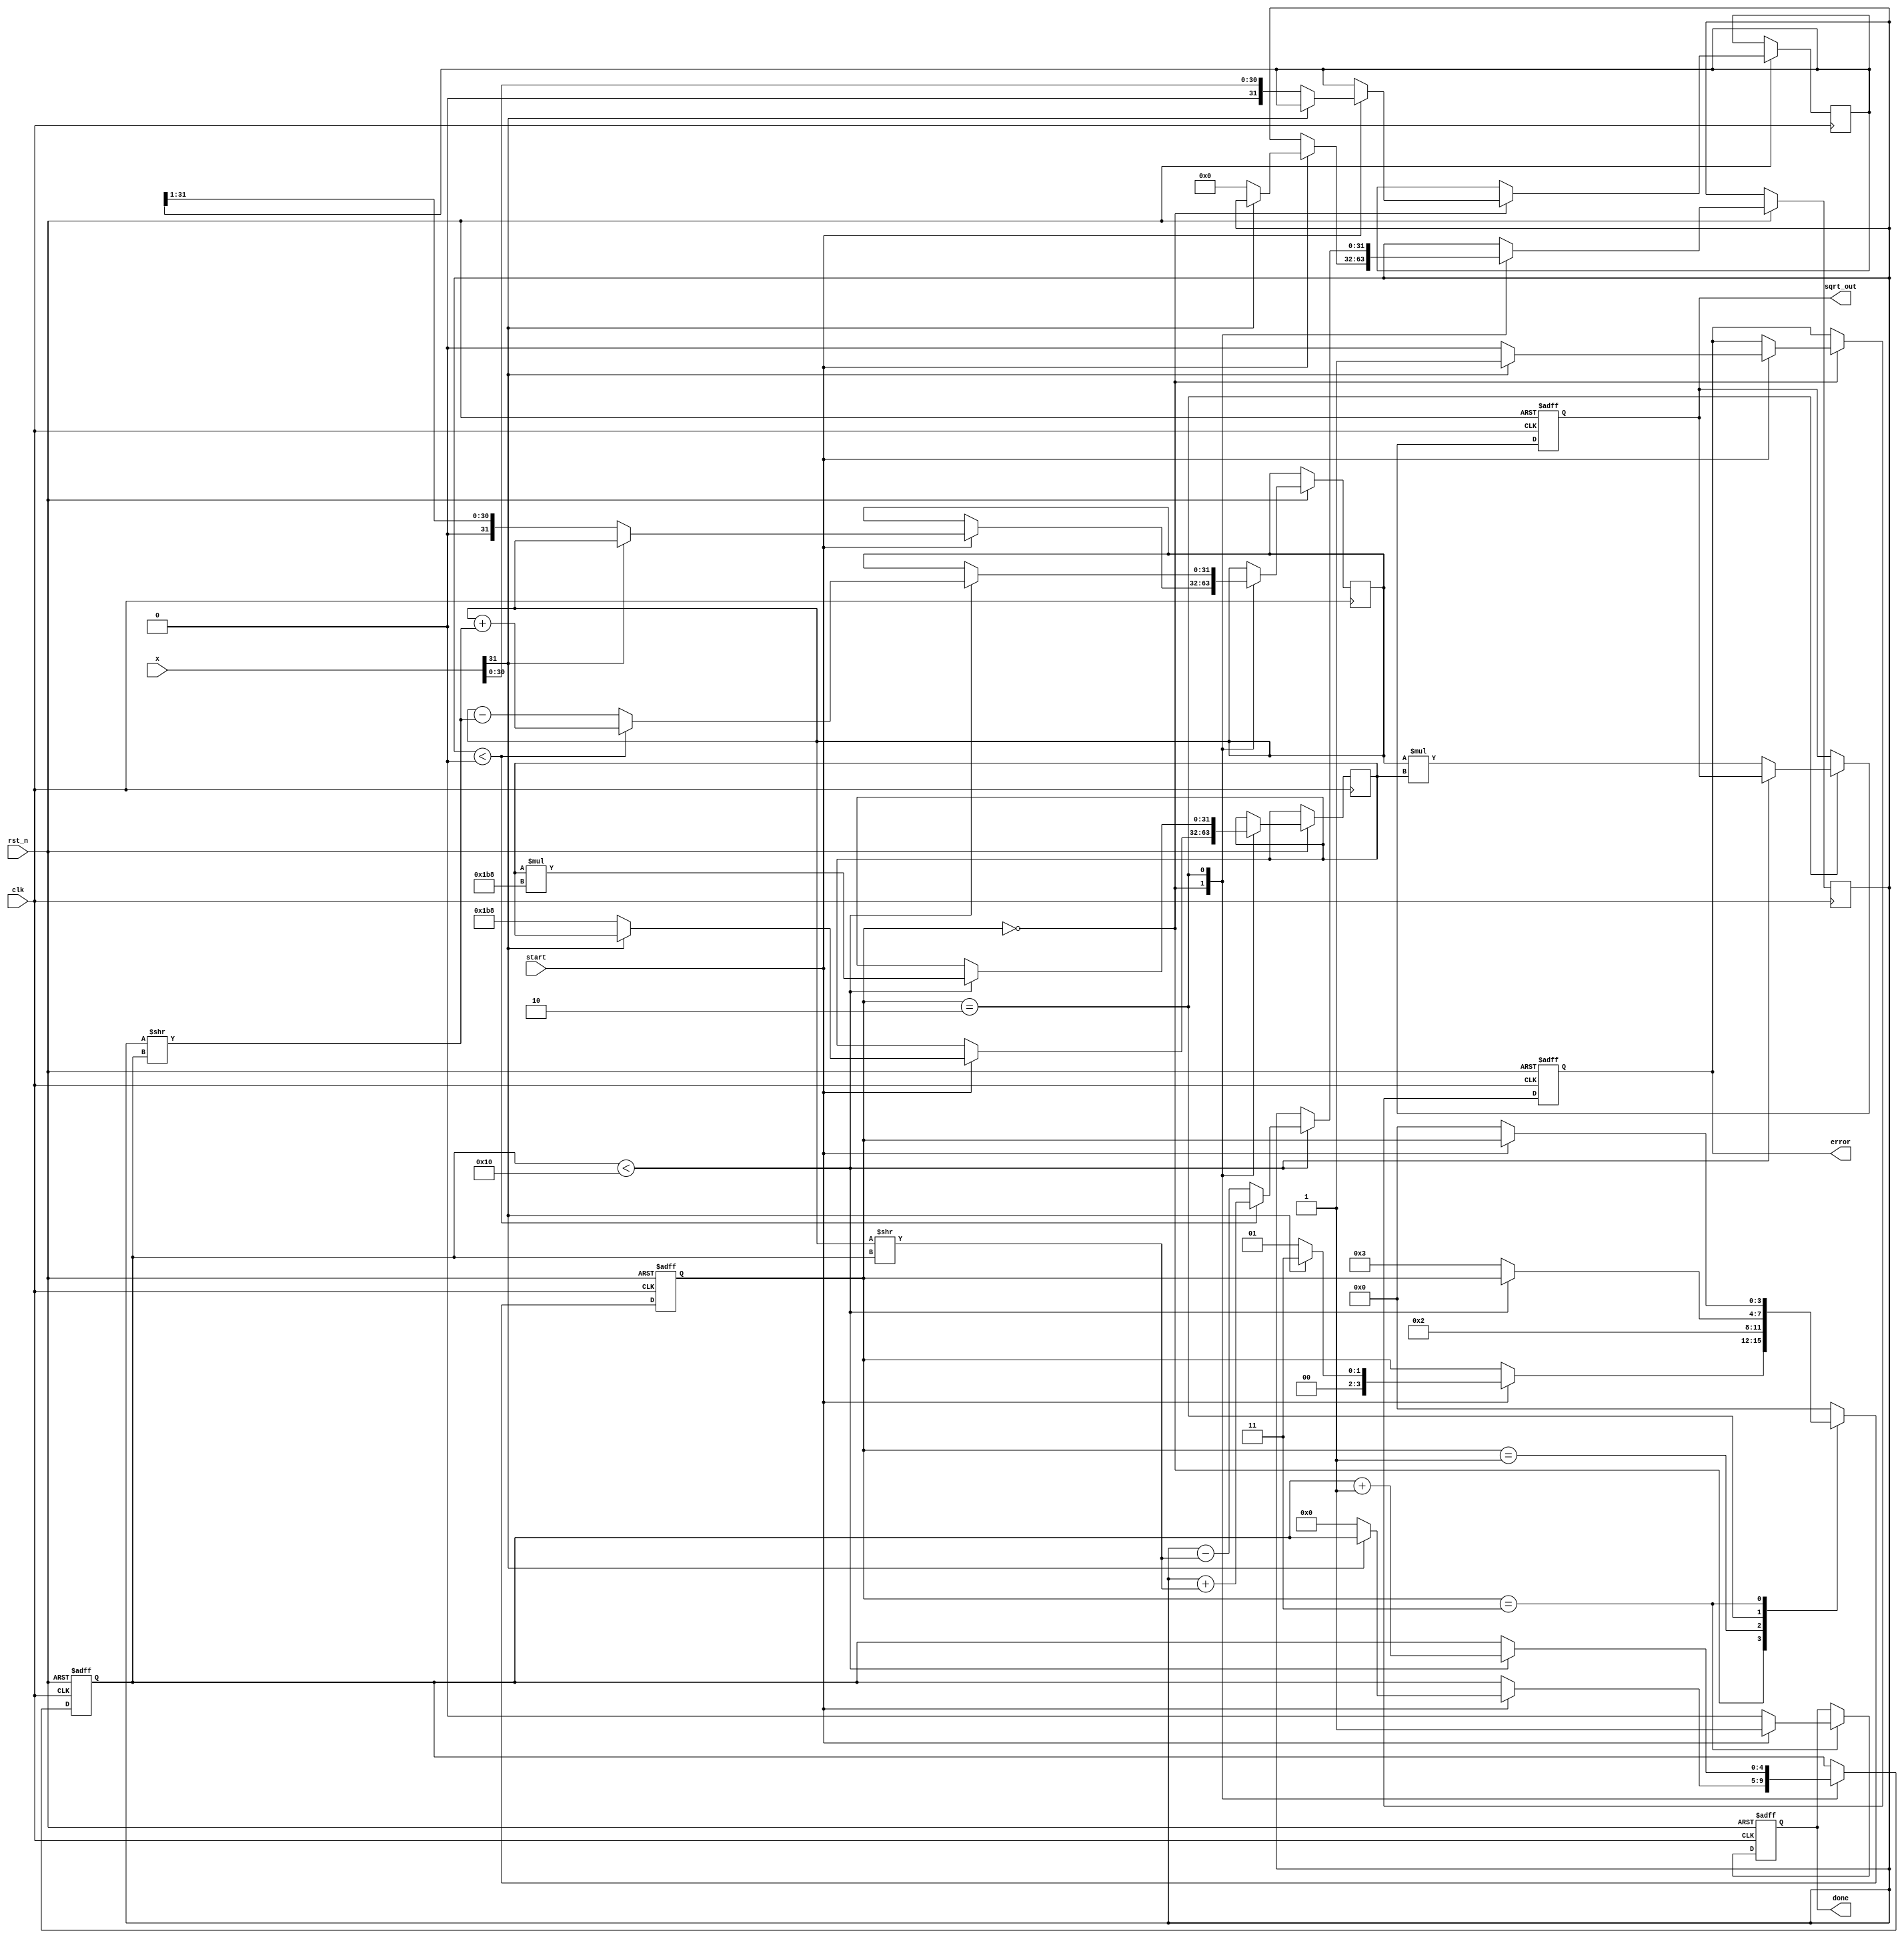
module cordic_sqrt (
    input wire clk,
    input wire rst_n,
    input wire start,
    input wire [31:0] x, // Input value (positive)
    output reg [31:0] sqrt_out, // Output result
    output reg done, // Indicator for completion
    output reg error // Indicator for invalid input
);

    parameter NUM_ITERATIONS = 16; // Number of CORDIC iterations
    parameter GAIN = 32'h1B8; // Gain factor (fixed-point representation of gain)

    reg [31:0] z; // Input value
    reg [31:0] x_curr; // Current x value
    reg [31:0] y_curr; // Current y value
    reg [4:0] iteration; // Iteration counter
    reg [31:0] gain_comp; // Gain compensation value
    reg [31:0] angle; // Angle for rotation
    reg [3:0] state; // State variable

    // State definitions
    localparam IDLE = 4'b0000;
    localparam INIT = 4'b0001;
    localparam ITERATE = 4'b0010;
    localparam DONE = 4'b0011;

    always @(posedge clk or negedge rst_n) begin
        if (!rst_n) begin
            sqrt_out <= 32'b0;
            done <= 1'b0;
            error <= 1'b0;
            state <= IDLE;
            iteration <= 5'b0;
        end else begin
            case (state)
                IDLE: begin
                    if (start) begin
                        if (x[31] == 1) begin // Check for negative input
                            error <= 1'b1; // Set error for invalid input
                            state <= DONE;
                        end else begin
                            error <= 1'b0;
                            z <= x; // Load input
                            x_curr <= z >> 1; // Initial approximation (x/2)
                            y_curr <= 0; // Initial y value
                            gain_comp <= GAIN; // Reset gain compensation
                            iteration <= 5'b0; // Reset iteration counter
                            state <= INIT; // Move to initialization state
                        end
                    end
                end
                
                INIT: begin
                    // Initialize gain compensation and start iteration
                    state <= ITERATE;
                end

                ITERATE: begin
                    if (iteration < NUM_ITERATIONS) begin
                        // CORDIC rotation logic
                        if (y_curr < 0) begin
                            x_curr <= x_curr + (y_curr >> iteration);
                            y_curr <= y_curr + (x_curr >> iteration);
                        end else begin
                            x_curr <= x_curr - (y_curr >> iteration);
                            y_curr <= y_curr - (x_curr >> iteration);
                        end
                        // Update gain compensation
                        gain_comp <= gain_comp * GAIN; // Update gain factor
                        iteration <= iteration + 1; // Increment iteration
                    end else begin
                        // Final output calculation
                        sqrt_out <= x_curr * gain_comp; // Apply gain compensation
                        state <= DONE; // Move to done state
                    end
                end

                DONE: begin
                    done <= 1'b1; // Set done flag
                    if (!start) begin
                        done <= 1'b0; // Reset done flag when start is low
                        state <= IDLE; // Go back to idle state
                    end
                end

                default: state <= IDLE; // Default to idle on error
            endcase
        end
    end
endmodule